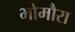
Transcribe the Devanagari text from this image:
भोमौरा